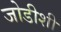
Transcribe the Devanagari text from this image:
जोडीशी